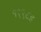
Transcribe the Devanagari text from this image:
१९९८इ